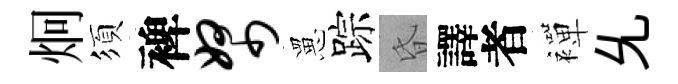
炯須裨帑罳踪昏譯者襌𠃔